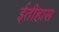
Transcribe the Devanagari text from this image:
ईतीहास